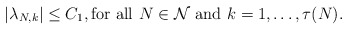
\begin{align*}\left|\lambda_{N,k}\right|\leq C_{1},\mbox{for all}\,\,N\in\mathcal{N}\,\,\mbox{and}\,\,k=1,\ldots,\tau(N).\end{align*}